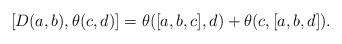
LaTeX: \begin{align*} [D(a, b), \theta(c, d)]=\theta([a, b, c], d)+\theta(c, [a, b, d]).\end{align*}